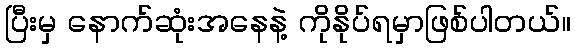
ပြီးမှ နောက်ဆုံးအနေနဲ့ ကိုနိုပ်ရမှာဖြစ်ပါတယ်။